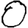
Digit: 0